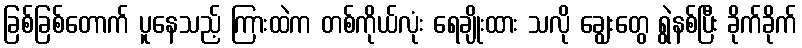
ခြစ်ခြစ်တောက် ပူနေသည့် ကြားထဲက တစ်ကိုယ်လုံး ရေချိုးထား သလို ချွေးတွေ ရွဲနစ်ပြီး ခိုက်ခိုက်